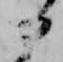
部